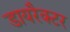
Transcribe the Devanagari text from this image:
डायरैक्टर